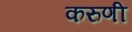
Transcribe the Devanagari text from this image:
करुणी